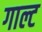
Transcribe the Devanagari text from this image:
गाल्ट